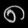
Digit: ၈